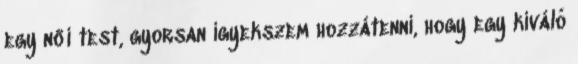
egy női test, gyorsan igyekszem hozzátenni, hogy egy kiváló